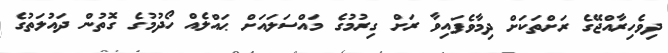
ދިވެހިރާއްޖޭގެ ރަށްތަކަށް ދިމާވެފައިވާ ރަށް ގިރުމުގެ މައްސަލައަށް ޙައްލެއް ހޯދުމުގެ ގޮތުން ދައުލަތުގެ